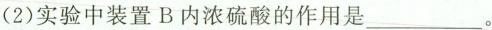
(2)实验中装置B内浓硫酸的作用是___。